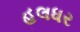
હલધર